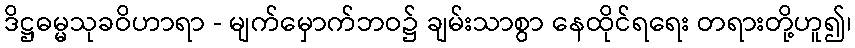
ဒိဋ္ဌဓမ္မသုခဝိဟာရာ - မျက်မှောက်ဘဝ၌ ချမ်းသာစွာ နေထိုင်ရရေး တရားတို့ဟူ၍၊